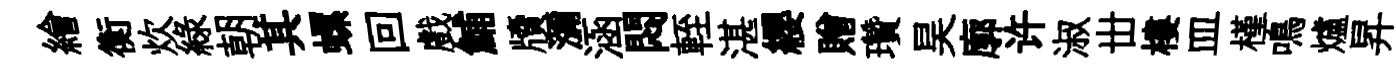
繪衡炊緑朝其螺回戲鯆牘瀰涵悶輊湛纓贈瓚昊廓许淑丗樓皿槿鳴爐昇